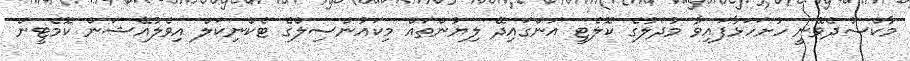
މާކްސްދެވޭނީ ހުށަހަޅާފައިވާ މުދަލުގެ ކޮލެޓީ އަންގައިދޭ ލިޔުންތައް މިކައުންސިލްގެ ޓެކްނިކަލް އިވެލުއޭޝަން ކޮމެޓީން